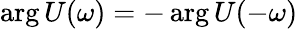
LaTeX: \arg U(\omega)=-\arg U(-\omega)